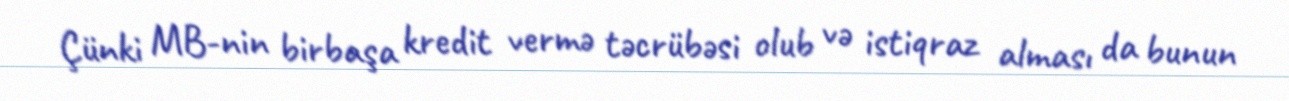
Çünki MB-nin birbaşa kredit vermə təcrübəsi olub və istiqraz alması da bunun